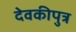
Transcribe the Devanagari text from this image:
देवकीपुत्र